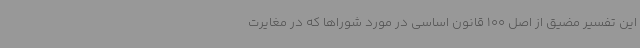
این تفسیر مضیق از اصل 100 قانون اساسی در مورد شوراها که در مغایرت